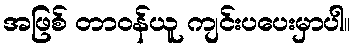
အဖြစ် တာဝန်ယူ ကျင်းပပေးမှာပါ။